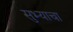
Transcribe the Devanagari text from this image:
सुभ्याचा